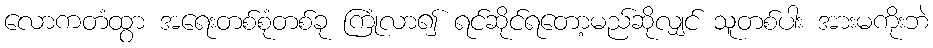
လောကတံထွာ အရေးတစ်စုံတစ်ခု ကြုံလာ၍ ရင်ဆိုင်ရတော့မည်ဆိုလျှင် သူတစ်ပါး အားမကိုးဘဲ